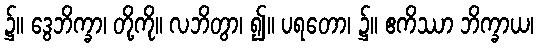
၌။ ဒွေဘိက္ခာ၊ တို့ကို။ လဘိတွာ၊ ၍။ ပရတော၊ ၌။ ဧကိဿာ ဘိက္ခာယ၊